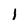
Character: l